Mental hospitals Bombay report 1929-33 - 1929-1933
Year: 1929
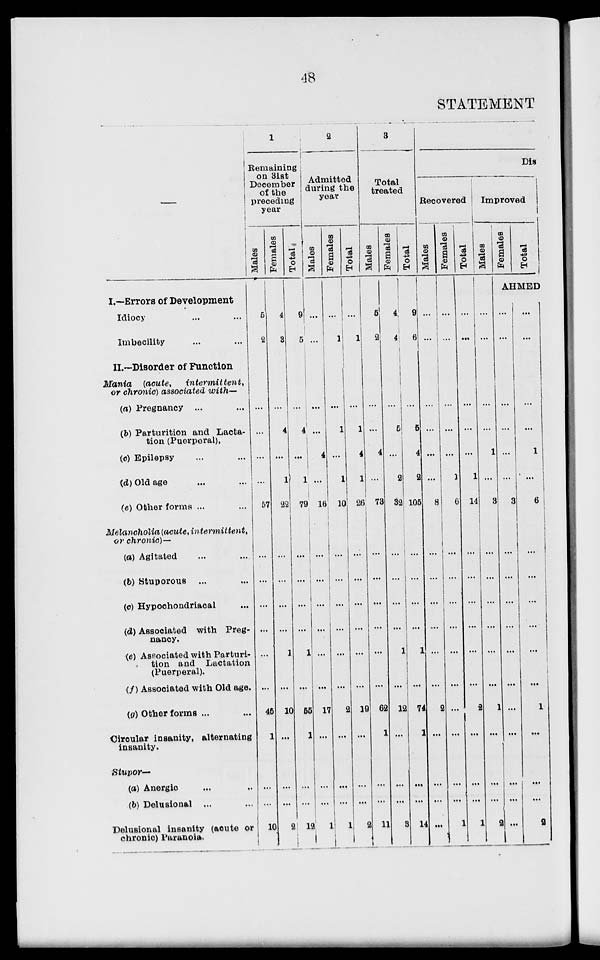
48
STATEMENT
—
I.—Errors of Development
Idiocy ... ...
Imbecility ... ...
II.—Disorder of Function
Mania
(acute.
intermittent,
or chronic) associated with—
(a) Pregnancy ... ...
(b) Parturition and Lacta-
tion (Puerperal).
(c) Epilepsy ... ...
(d) Old age ... ...
(e) Other forms ... ...
Melancholia (acute, intermittent,
or chronic)—
(a) Agitated ... ...
(b) Stuporous ... ...
(c) Hypochondriacal ...
(d) Associated with Preg-
nancy.
(e) Associated with Parturi-
tion and Lactation
(Puerperal).
(f) Associated with Old age.
(g) Other forms ...
Circular insanity, alternating
insanity.
Stupor—
(a) Anergic ... ...
(b) Delusional ... ...
Delusional insanity (acute or
chronic) Paranoia.
1
Remaining
on 31st
December
of the
preceding
year
Males
5
2
...
...
...
...
57
...
...
...
...
...
...
46
1
...
...
10
Females
4
3
...
4
...
1
22
...
...
...
...
1
...
10
...
...
...
2
Total.
9
5
...
4
...
1
79
...
...
...
...
1
...
55
1
...
...
12
2
Admitted
during the
year
Males
...
...
...
...
4
...
16
...
...
...
...
...
...
17
...
...
...
1
Females
...
1
...
1
...
1
10
...
...
...
...
...
...
2
...
...
...
1
Total
...
1
...
1
4
1
26
...
...
...
...
...
...
19
...
...
...
2
3
Total
treated
Males
5
2
...
...
4
...
73
...
...
...
...
...
...
62
1
...
...
1 1
Females
4
4
...
5
...
2
32
...
...
...
...
1
...
12
...
...
...
3
Total
9
6
...
5
4
2
105
...
...
...
...
1
...
74
1
...
...
14
Dis
Recovered
Males
...
...
...
...
...
...
8
...
...
...
...
...
...
2
...
...
...
...
Females
...
...
...
...
...
1
6
...
...
...
...
...
...
...
...
...
...
1
Total
...
...
...
...
...
1
14
...
...
...
...
...
...
2
...
...
...
1
Improved
Males
...
...
...
...
1
...
3
...
...
...
...
...
...
1
...
...
...
2
Females
Total
AHMED
...
...
...
...
...
...
3
...
...
...
...
...
...
...
...
...
...
...
...
...
...
...
1
...
6
...
...
...
...
...
...
1
...
...
...
2